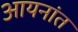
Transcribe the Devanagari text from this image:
आयनांत